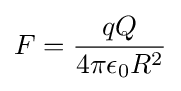
F={\frac {qQ}{4\pi \epsilon _{0}R^{2}}}